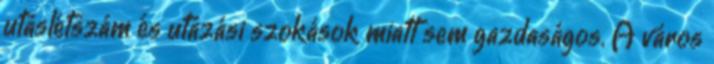
utaslétszám és utazási szokások miatt sem gazdaságos. A város